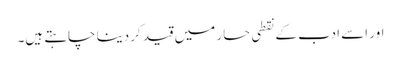
اور اسے ادب کے نقطی حسار میں قید کردینا چاہتے ہیں۔